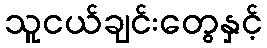
သူငယ်ချင်းတွေနှင့်